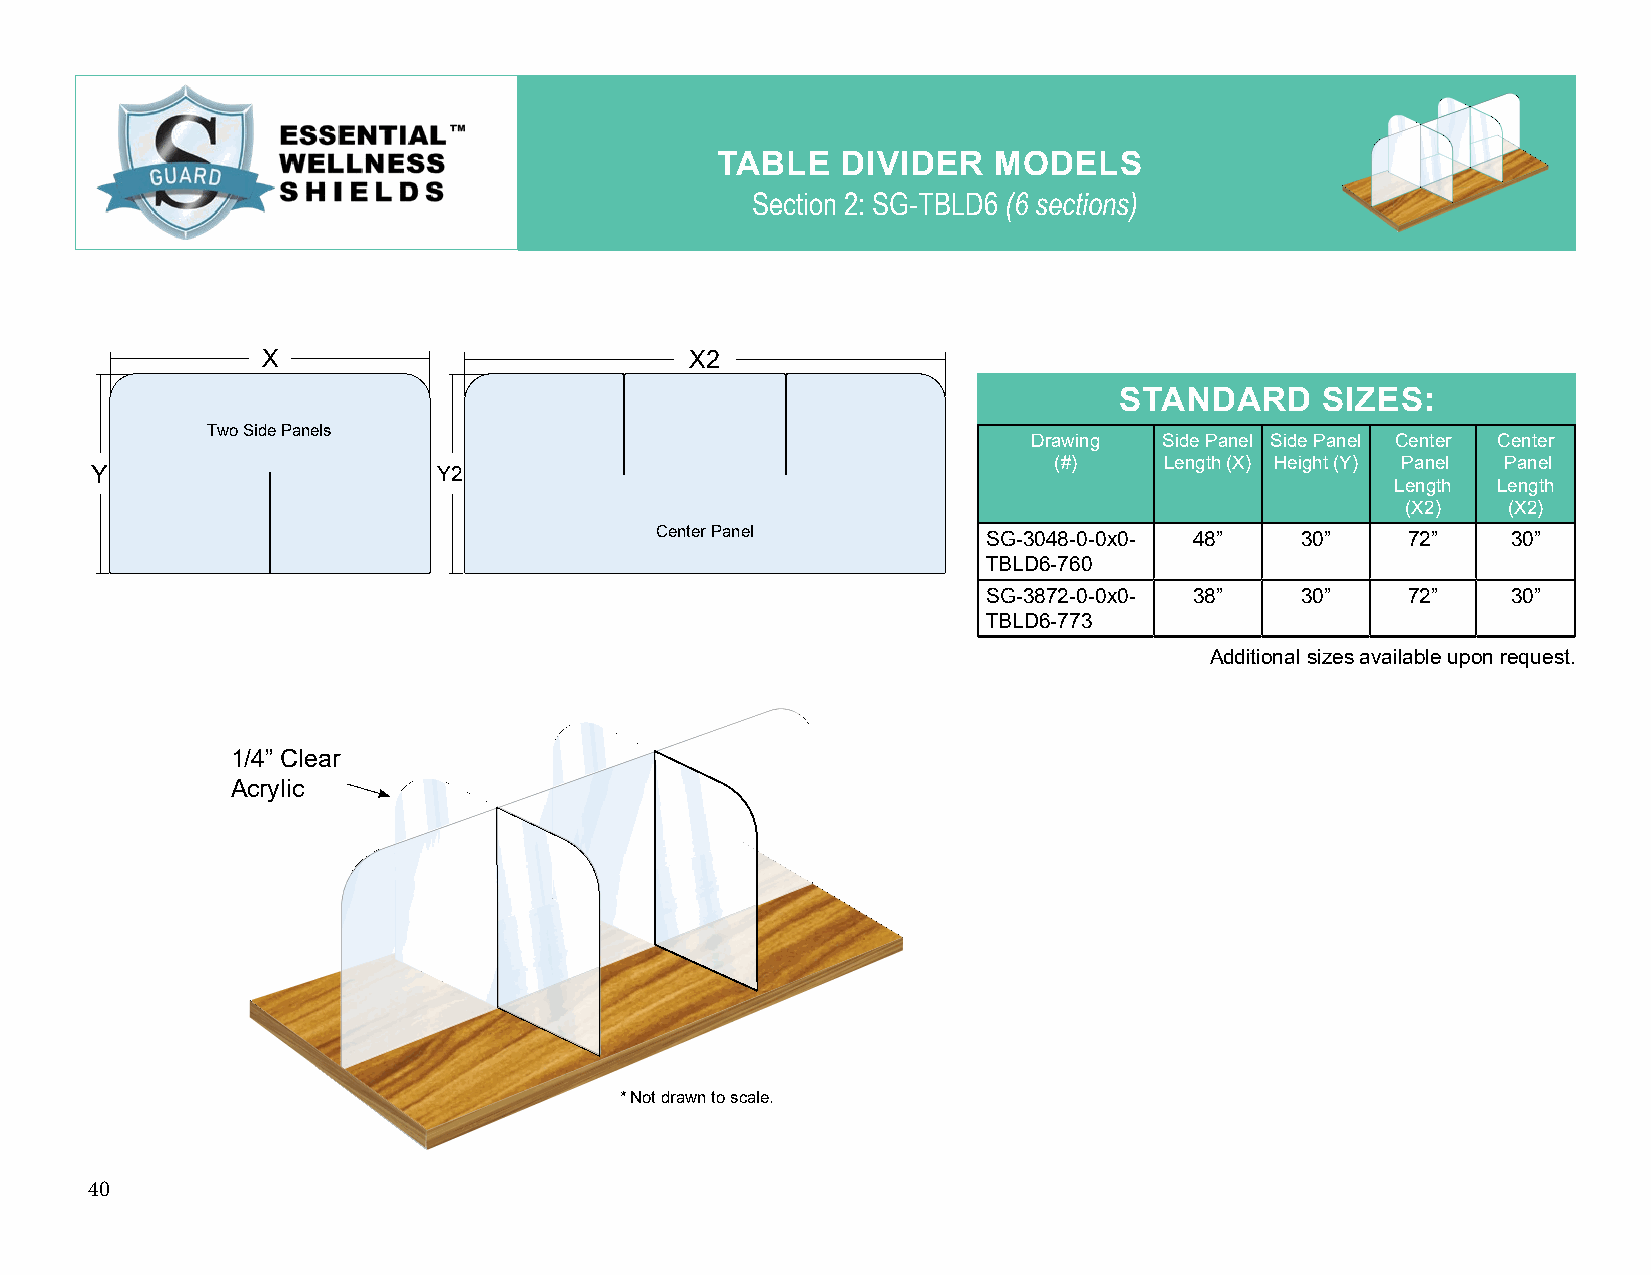
TABLE    DIVIDER   MODELS
 Section 2: SG-TBLD6 (6 sections)
 X                            X2
 STANDARD     SIZES:
 Two Side Panels
 Drawing  Side Panel Side Panel Center Center
 (#)    Length (X) Height (Y) Panel Panel
 Y                      Y2
 Length Length
 (X2)   (X2)
 Center Panel
 SG-3048-0-0x0- 48”   30”    72”    30”
 TBLD6-760
 SG-3872-0-0x0- 38”   30”    72”    30”
 TBLD6-773
 Additional sizes available upon request.
 1/4” Clear
 Acrylic
 * Not drawn to scale.
 40